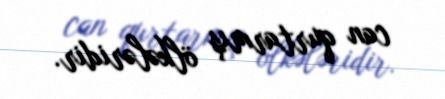
can qurtarmış ölkələridir.